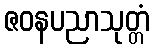
ဇဝနပညာသုတ္တံ